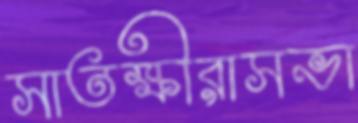
সাতক্ষীরাসভা